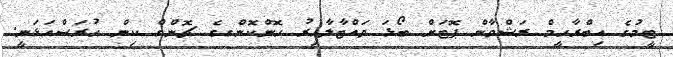
ޓީމުގެ އިބްރާހީމް ރަޝްވާން ޕޮޓަށް ބޯޅަ ވައްޓާލާއިރު ހޮންކޮންގގެ ޗޮންގް ކިން ހުރަސްއަޅަނީ.